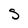
Character: s